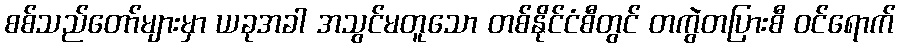
စစ်သည်တော်များမှာ ယခုအခါ အသွင်မတူသော တစ်နိုင်ငံစီတွင် တကွဲတပြားစီ ဝင်ရောက်